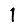
Digit: 1